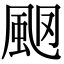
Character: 𩖩